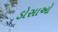
ડોસાઓ